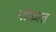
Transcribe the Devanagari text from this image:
मोकात